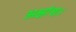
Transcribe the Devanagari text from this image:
अक्षांश।